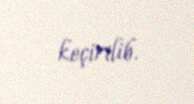
keçirilib.